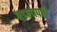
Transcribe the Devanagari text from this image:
वडलापती